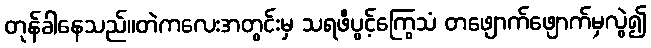
တုန်ခါနေသည်။တဲကလေးအတွင်းမှ သရဖီပွင့်ကြွေသံ တဖျောက်ဖျောက်မှလွဲ၍